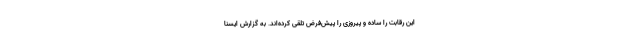
این رقابت را ساده و پیروزی را پیش‌فرض تلقی کرده‌اند. به گزارش ایسنا